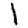
Digit: 1